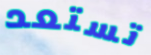
تستعد